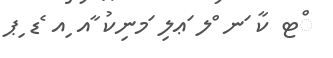
ްޓ ކާ ަނ ްލ ަޢލި ަމނިކު ާއ ިއ ެޑ ިޕ